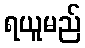
ရယူမည်